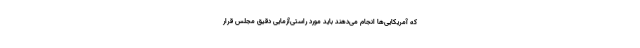
که آمریکایی‌ها انجام می‌دهند باید مورد راستی‌آزمایی دقیق مجلس قرار